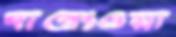
দাবেংওয়া